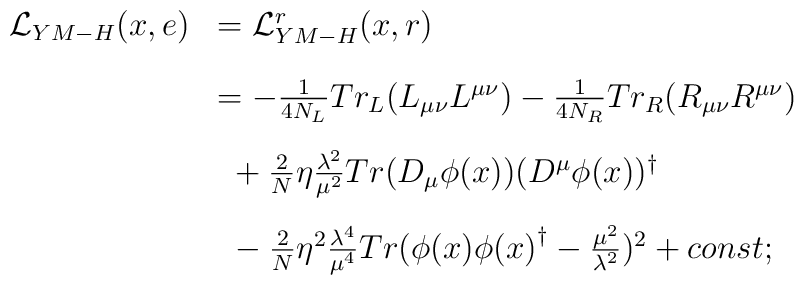
\begin{array}{cl}{\cal {L}}_{YM-H}(x,e)&={\cal {L}}^r_{YM-H}(x,r)\\[4mm]&=-\frac{1}{4N_L}Tr_L(L_{\mu\nu}L^{\mu\nu})-\frac{1}{4N_R}Tr_R(R_{\mu\nu}R^{\mu\nu})\\[4mm]&~+\frac{2}{N}\eta\frac{{\lambda}^{2}}{{\mu}^{2}}Tr(D_{\mu}\phi(x))(D^{\mu}\phi(x))^{\dag}\\[4mm]&~-\frac{2}{N}\eta^2\frac{{\lambda}^{4}}{{\mu}^{4}}Tr(\phi(x){\phi(x)}^{\dag}-\frac{{\mu}^{2}}{{\lambda}^{2}})^{2}+const;\end{array}